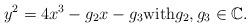
LaTeX: \begin{align*}y^{2}=4x^{3}-g_{2}x-g_{3} \hbox{with} g_{2},g_{3} \in \mathbb C.\end{align*}